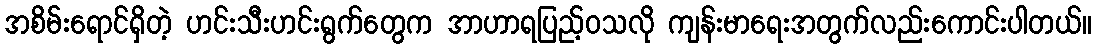
အစိမ်းရောင်ရှိတဲ့ ဟင်းသီးဟင်းရွက်တွေက အာဟာရပြည့်ဝသလို ကျန်းမာရေးအတွက်လည်းကောင်းပါတယ်။